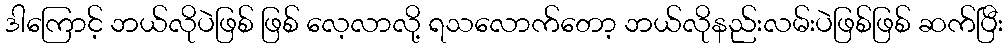
ဒါကြောင့် ဘယ်လိုပဲဖြစ် ဖြစ် လေ့လာလို့ ရသလောက်တော့ ဘယ်လိုနည်းလမ်းပဲဖြစ်ဖြစ် ဆက်ပြီး